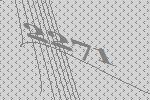
2271